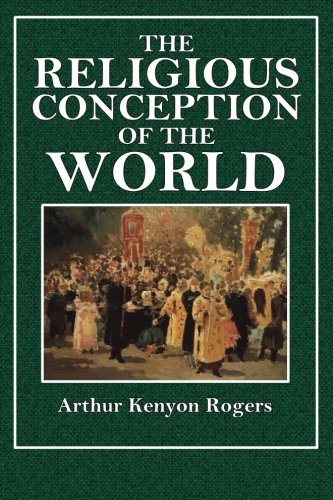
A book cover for The Religious Conception of the World: An Essay in Constructive Philosophy; Arthur Kenyon Rogers; Religion & Spirituality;